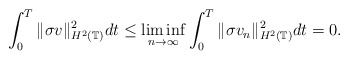
\begin{align*} \int_{0}^{T}\|\sigma v\|_{H^2(\mathbb{T})}^{2}dt\leq \liminf_{n\rightarrow\infty}\int_{0}^{T}\|\sigma v_n\|_{H^2(\mathbb{T})}^{2}dt=0.\end{align*}